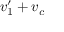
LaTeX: v _ { 1 } ^ { \prime } + v _ { c }